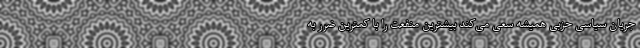
جریان سیاسی حزبی همیشه سعی می‌کند بیشترین منفعت را با کمترین ضرر به